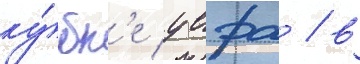
ку́бк'е уефа / в